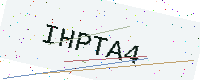
Text: IHPTA4